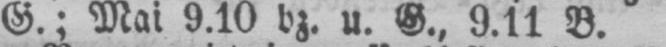
G.; Mai 9.10 bz. u. G., 9.11 B.